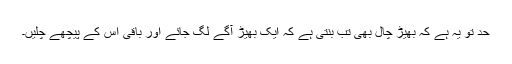
حد تو یہ ہے کہ بھیڑ چال بھی تب بنتی ہے کہ ایک بھیڑ آگے لگ جائے اور باقی اس کے پیچھے چلیں۔